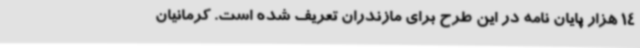
14 هزار پایان نامه در این طرح برای مازندران تعریف شده است. کرمانیان